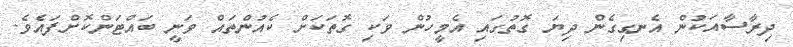
ދިރާސާއަކުން އެނގިގެން ދިޔަ ގޮތުގައި އެމީހުން ވަކި ގޮތަކަށް ކެެއުންތައް ވަނީ ބައްޓަންކޮށްފައެވެ.